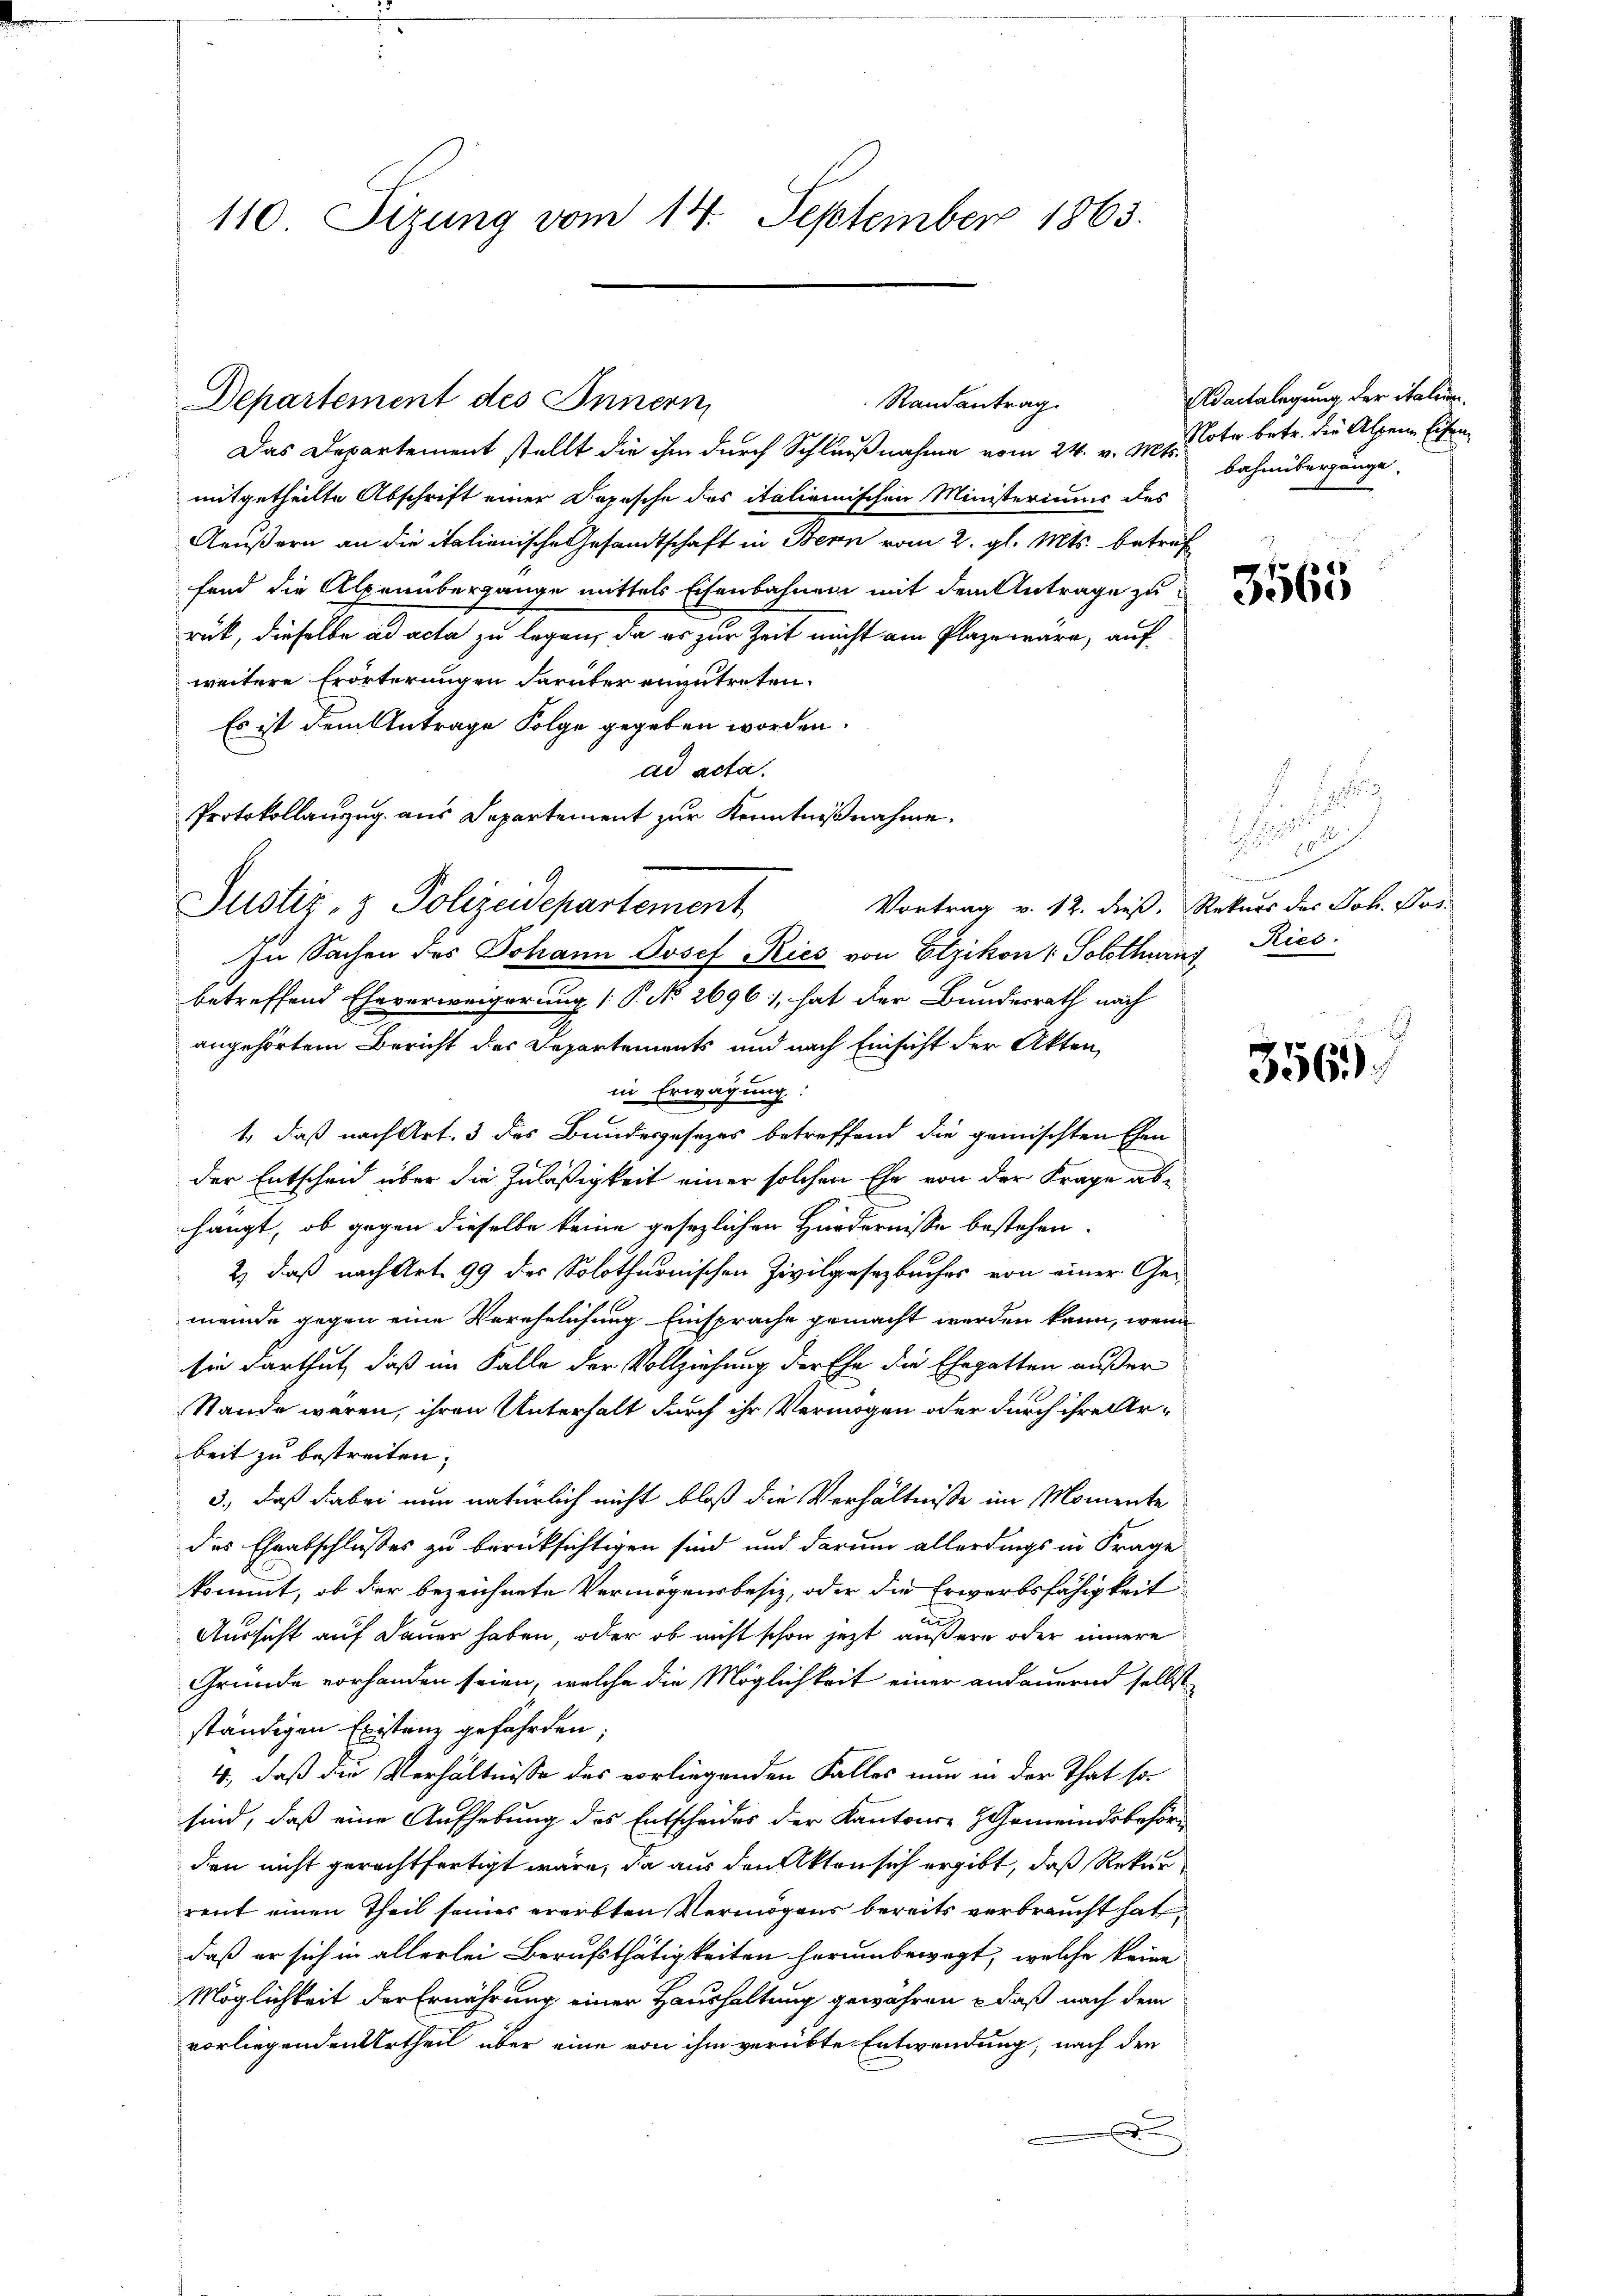
110 Sizung vom 14. September 1863.

Departement des Innern

Das Departement stellt die ihm durch Schlußnahme vom 24. v. Ms. Cote betr. die Alpene Eisen

mitgetheilte Abschrift einer Dopesche des italienischen Ministeriums des
Aeußern an die italienische Gesandtschaft in Bern vom 2. gl. Mts. betref
fend die Alpenübergange mittels Eisenbahnen mit dem Antrage zu
ruk, dieselbe ad acta zu legen, da es zur Zeit nicht am Plaze wäre, auf
weitere Erörterungen darüber einzutreten.
Es ist dem Antrage Folge gegeben worden.
ad acta.
Protokollauszug aus Departement zur Kenntnißnahme.
Vortrag v. 12. dieß. Rekurs des Joh. Pos
Justiz- & Polizeidepartement
In Sachen des Johann Josef Ries von Etzikon ( Solothurns
betreffend Eheverweigerung (: P. No 2696), hat der Bundesrath nach
angehörtem Bericht des Departements und nach Einsicht der Akten
in Erwägung:
1., daß nach Art. 3 des Bundesgesezes betreffend die geinischten Ehen
der Entscheid über die Zuläßigkeit einer solchen Ehe von der Frage abhängt, ob gegen dieselbe keine gesezlichen Hürdernisse bestehen.
2) daß nach Art. 99 des Solothurnischen Zivilgesezbuches von einer Ge-
meinde gegen eine Verehelichung Einsprache gemacht werden kann, wenn
sie darthut, daß im Falle der Vollziehung der Ehe die Ehegatten außer
Stande waren, ihren Unterhalt durch ihr Vermögen oder durch ihre Arbeit zu bestreiten,
3., daß dabei nun natürlich nicht bloß die Verhältnisse im Momente
des Eheabschlusses zu berücksichtigen sind und darum allerdings in Frage
kommt, ob der bezeichnete Vermögensbesiz, oder die Erwerbsfähigkeit
Aussicht auf Dauer haben, oder ob nicht schon jezt äußern oder innere
Gründe vorhanden seien, welche die Möglichkeit einer andauernd selbst
ständigen Existanz gefährden;
4., daß die Verhältnisse des vorliegenden Falles nun in der That so
sind, daß eine Aufhebung des Entscheides der Kantons Gemeindsbehörden nicht gerechtfertigt wäre, da aus den Akten sich ergibt, daß Rekur
rent einen Theil seines ererbten Vermögens bereits verbraucht hat,
daß er sich in allerlei Berufsthätigkeiten herumbewegt, welche keine
Möglichkeit der Ernährung einer Haushaltung gewähren – daß nach dem
vorliegenden Urtheil über eine von ihm verübte Entwendung, nach den
x

Randantrag.

Adaitalegung der Stalien,
bahnübergänge.

3563

1
:
in die die einer
Ries

E
356